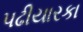
પઢીયારકા